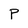
Character: P